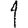
Digit: 1